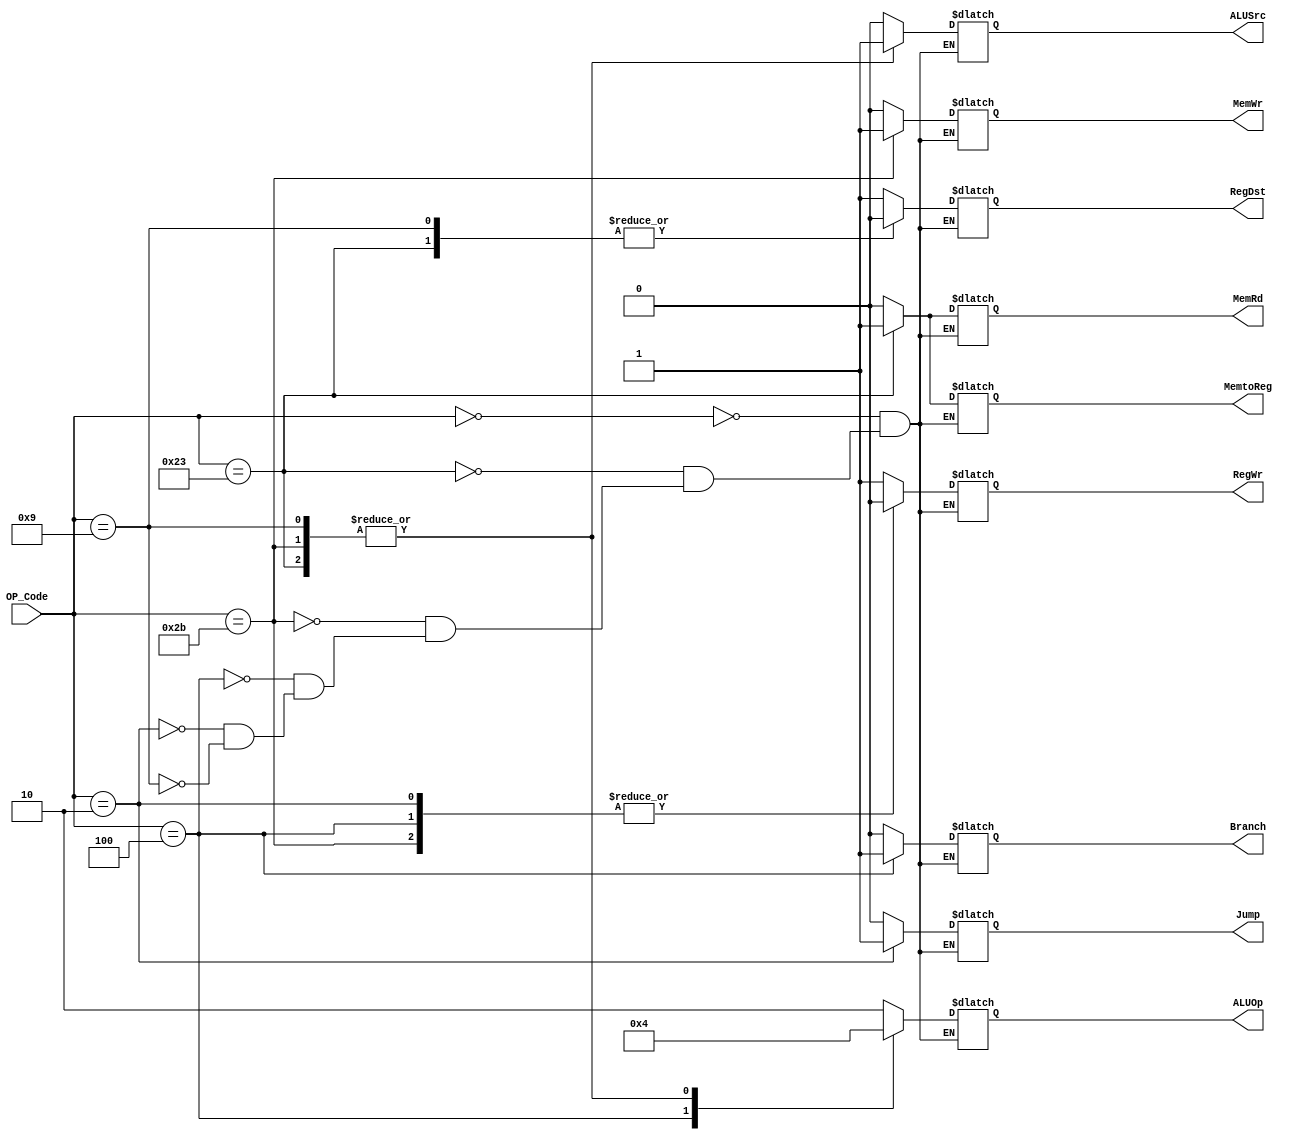
module CU(OP_Code, RegDst, RegWr, ALUSrc, MemRd, MemWr, MemtoReg, Branch, Jump, ALUOp);
input [5:0] OP_Code;
output reg RegDst, RegWr, ALUSrc, MemRd, MemWr, MemtoReg, Branch, Jump;
output reg [1:0] ALUOp;

parameter R = 6'b000000,
          lw = 6'b100011,
          sw = 6'b101011,
          beq = 6'b000100,
          j = 6'b000010,
          addiu = 6'b001001;
always @(OP_Code) 
begin
    case(OP_Code)
        R: {RegDst, RegWr, ALUSrc, MemRd, MemWr, MemtoReg, Branch, Jump, ALUOp} <= 10'b1100000010;
        lw: {RegDst, RegWr, ALUSrc, MemRd, MemWr, MemtoReg, Branch, Jump, ALUOp} <= 10'b0111010000;
        sw: {RegDst, RegWr, ALUSrc, MemRd, MemWr, MemtoReg, Branch, Jump, ALUOp} <= 10'bx0101x0000;
        beq: {RegDst, RegWr, ALUSrc, MemRd, MemWr, MemtoReg, Branch, Jump, ALUOp} <= 10'bx0000x1001;
        j: {RegDst, RegWr, ALUSrc, MemRd, MemWr, MemtoReg, Branch, Jump, ALUOp} <= 10'bx0x00x01xx;
        addiu:{RegDst, RegWr, ALUSrc, MemRd, MemWr, MemtoReg, Branch, Jump, ALUOp} <= 10'b0110000000;
    endcase
end
endmodule